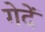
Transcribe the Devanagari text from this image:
गेदें